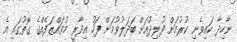
ނާހިދާ ކައިވެނި ކުރުމަށް ފުލިދުއަށް ބަދަލުވުމަށް ފަހު އިދާރީ މުވައްޒަފެއްގެ ގޮތުގައި އެ